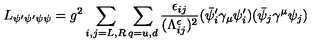
L _ { \psi ^ { \prime } \psi ^ { \prime } \psi \psi } = g ^ { 2 } \sum _ { i , j = L , R } \sum _ { q = u , d } \frac { \epsilon _ { i j } } { ( \Lambda _ { i j } ^ { \epsilon } ) ^ { 2 } } ( \bar { \psi } _ { i } ^ { \prime } \gamma _ { \mu } \psi _ { i } ^ { \prime } ) ( \bar { \psi } _ { j } \gamma ^ { \mu } \psi _ { j } )